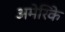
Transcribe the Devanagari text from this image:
अमेरिके